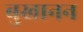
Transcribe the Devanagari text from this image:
बुखानन